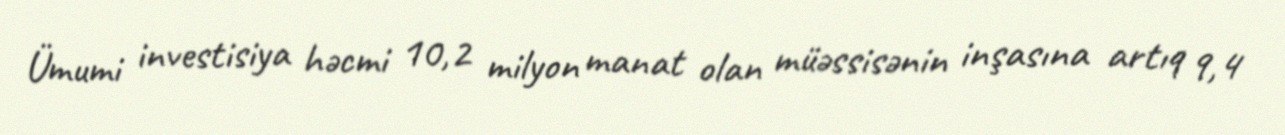
Ümumi investisiya həcmi 10,2 milyon manat olan müəssisənin inşasına artıq 9,4